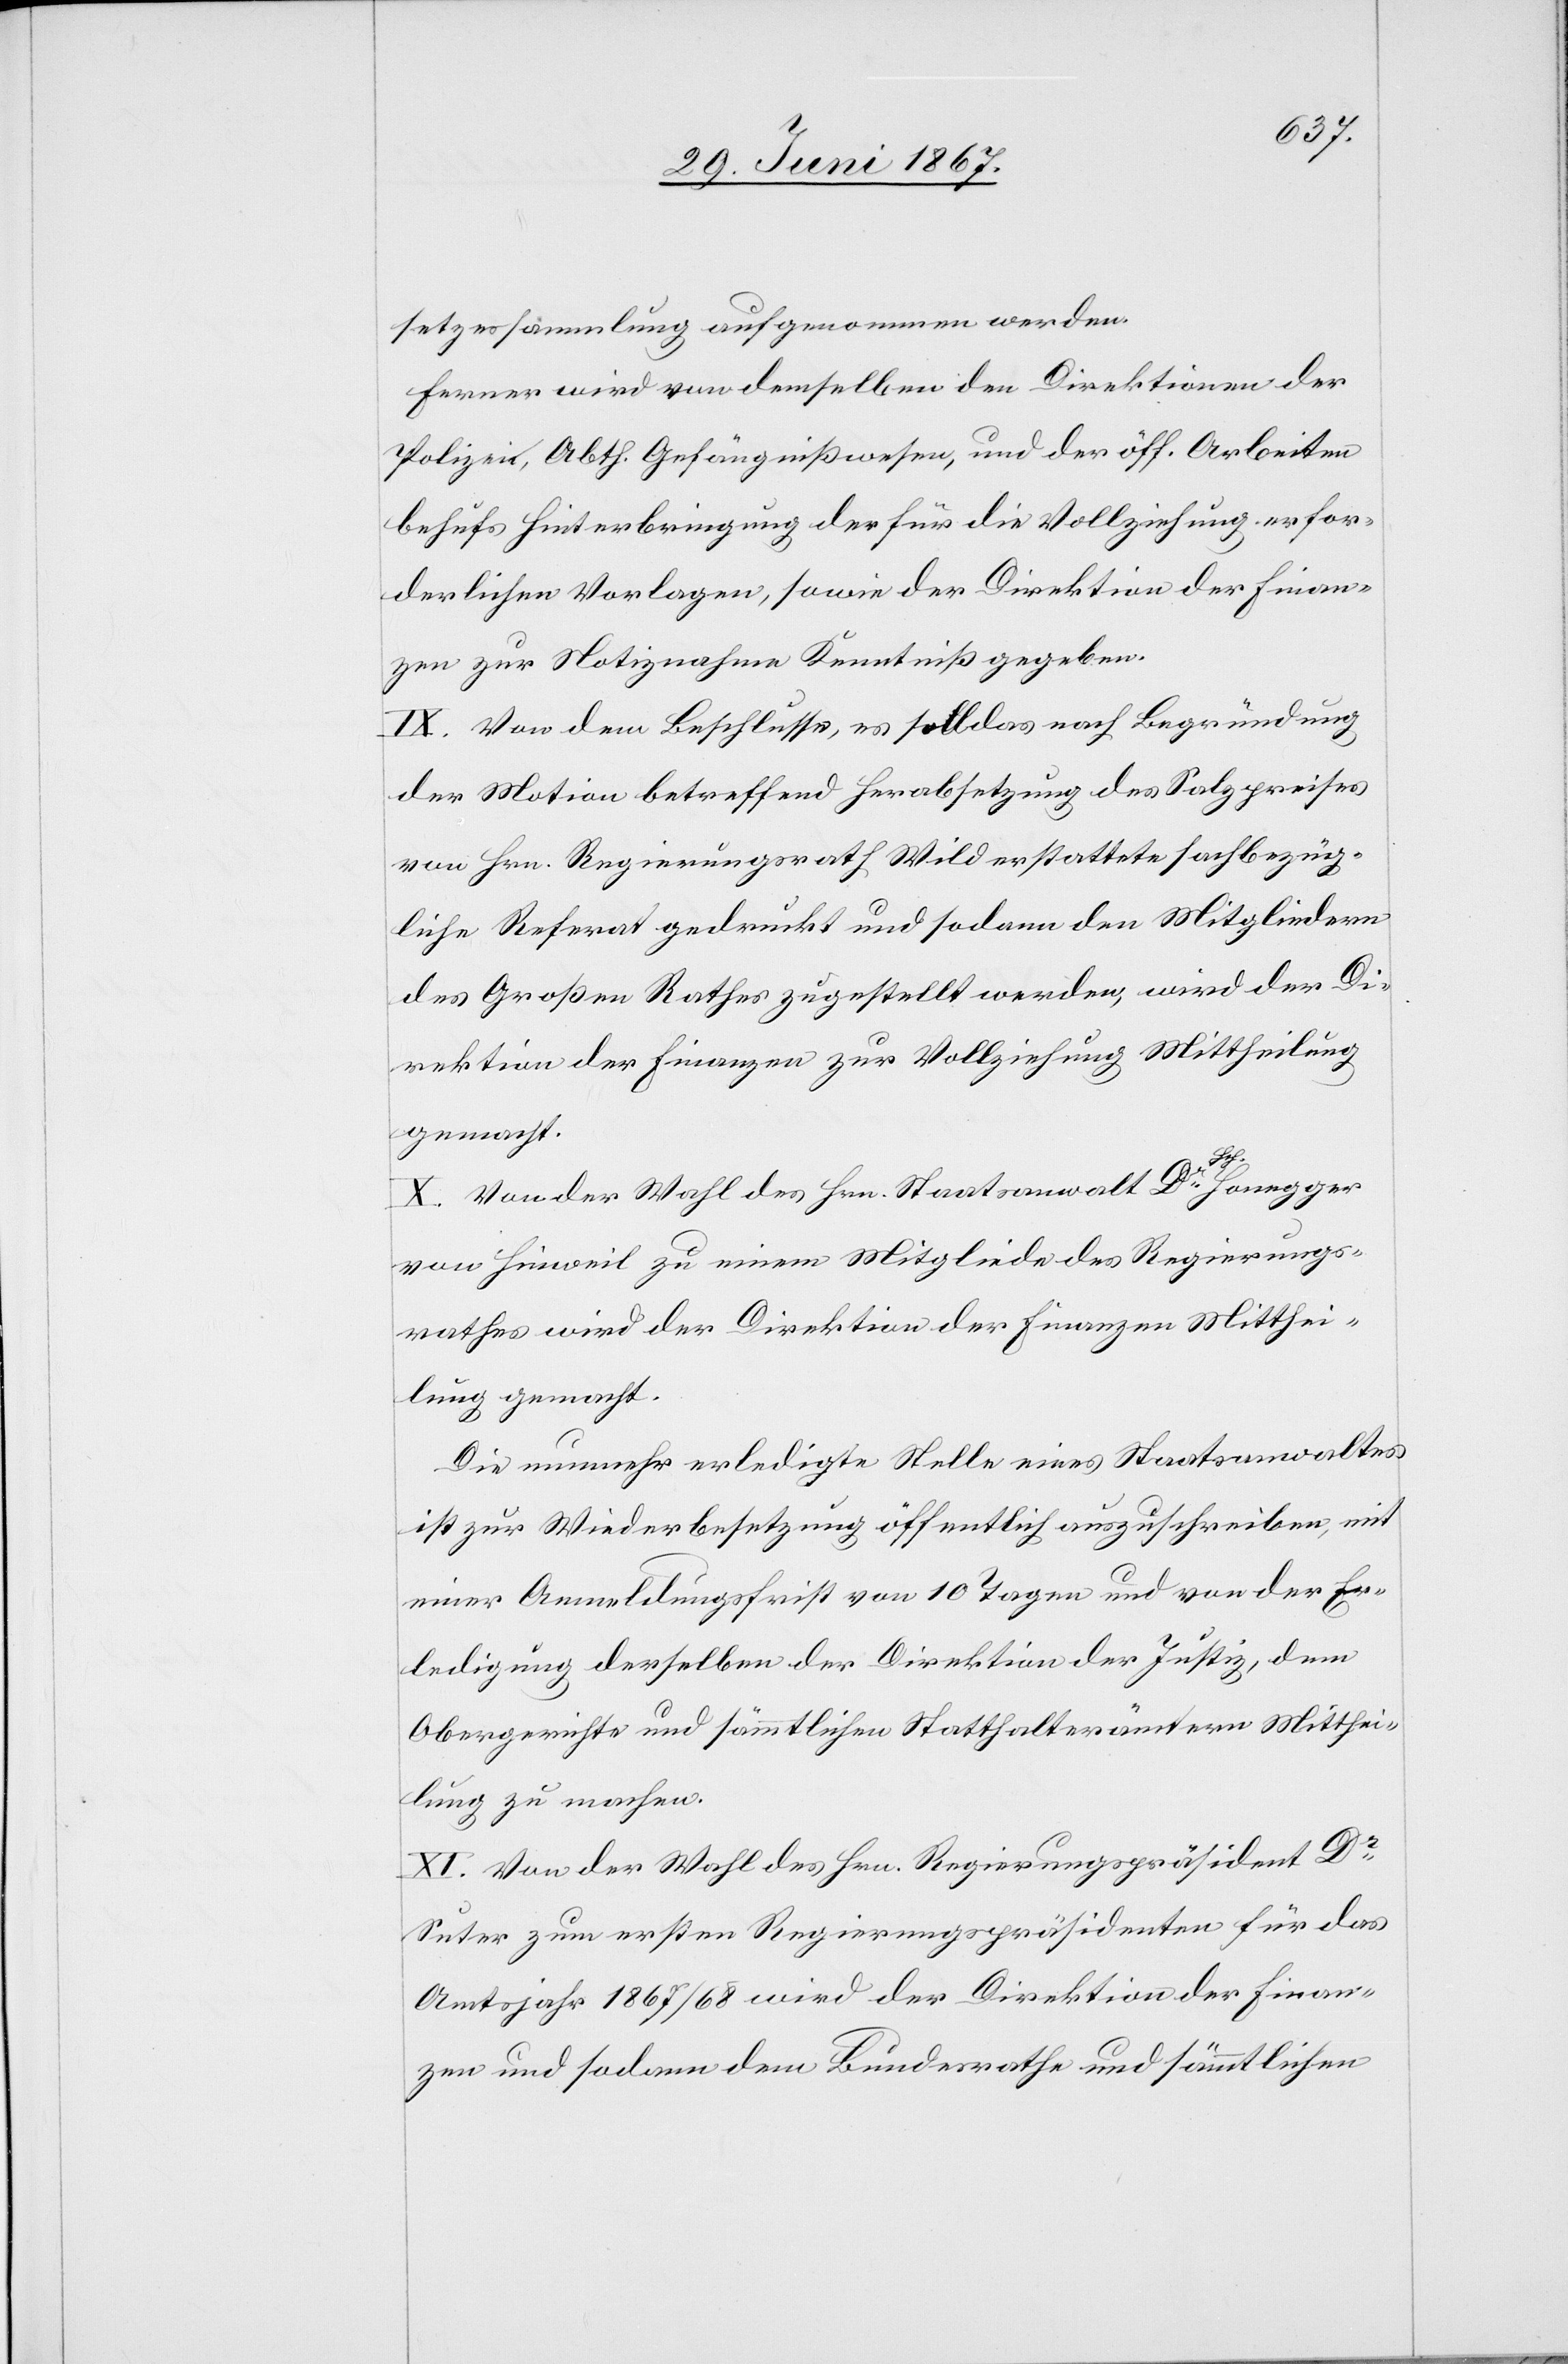
setzessammlung aufgenommen werden.
Ferner wird von demselben den Direktionen der
Polizei, Abth. Gefängnißwesen, und der öff. Arbeiten
behufs Hinterbringung der für die Vollziehung erfor¬
derlichen Vorlagen, sowie der Direktion der Finan¬
zen zur Notiznahme Kenntniß gegeben.
IX. Von dem Beschlusse, es soll das nach Begründung
der Motion betreffend Herabsetzung des Salzpreises
von Hrn. Regierungsrath Wild erstattete sachbezüg¬
liche Referat gedruckt und sodann den Mitgliedern
des Großen Rathes zugestellt werden, wird der Di¬
rektion der Finanzen zur Vollziehung Mittheilung
gemacht.
X. Von der Wahl des Hrn. Staatsanwalt Dr. Honegger
von Hinweil zu einem Mitgliede des Regierungs¬
rathes wird der Direktion der Finanzen Mitthei¬
lung gemacht.
Die nunmehr erledigte Stelle eines Staatsanwaltes
ist zur Wiederbesetzung öffentlich ausgeschrieben, mit
einer Anmeldungsfrist von 10 Tagen und von der Er¬
ledigung derselben der Direktion der Justiz, dem
Obergerichte und sämmtlichen Statthaltern Mitthei¬
lung zu machen.
XI. Von der Wahl des Hrn. Regierungspräsident Dr.
Suter zum ersten Regierungspräsidenten für das
Amtsjahr 1867/68 wird der Direktion der Finan¬
zen und sodann dem Bundesrathe und sämmtlichen